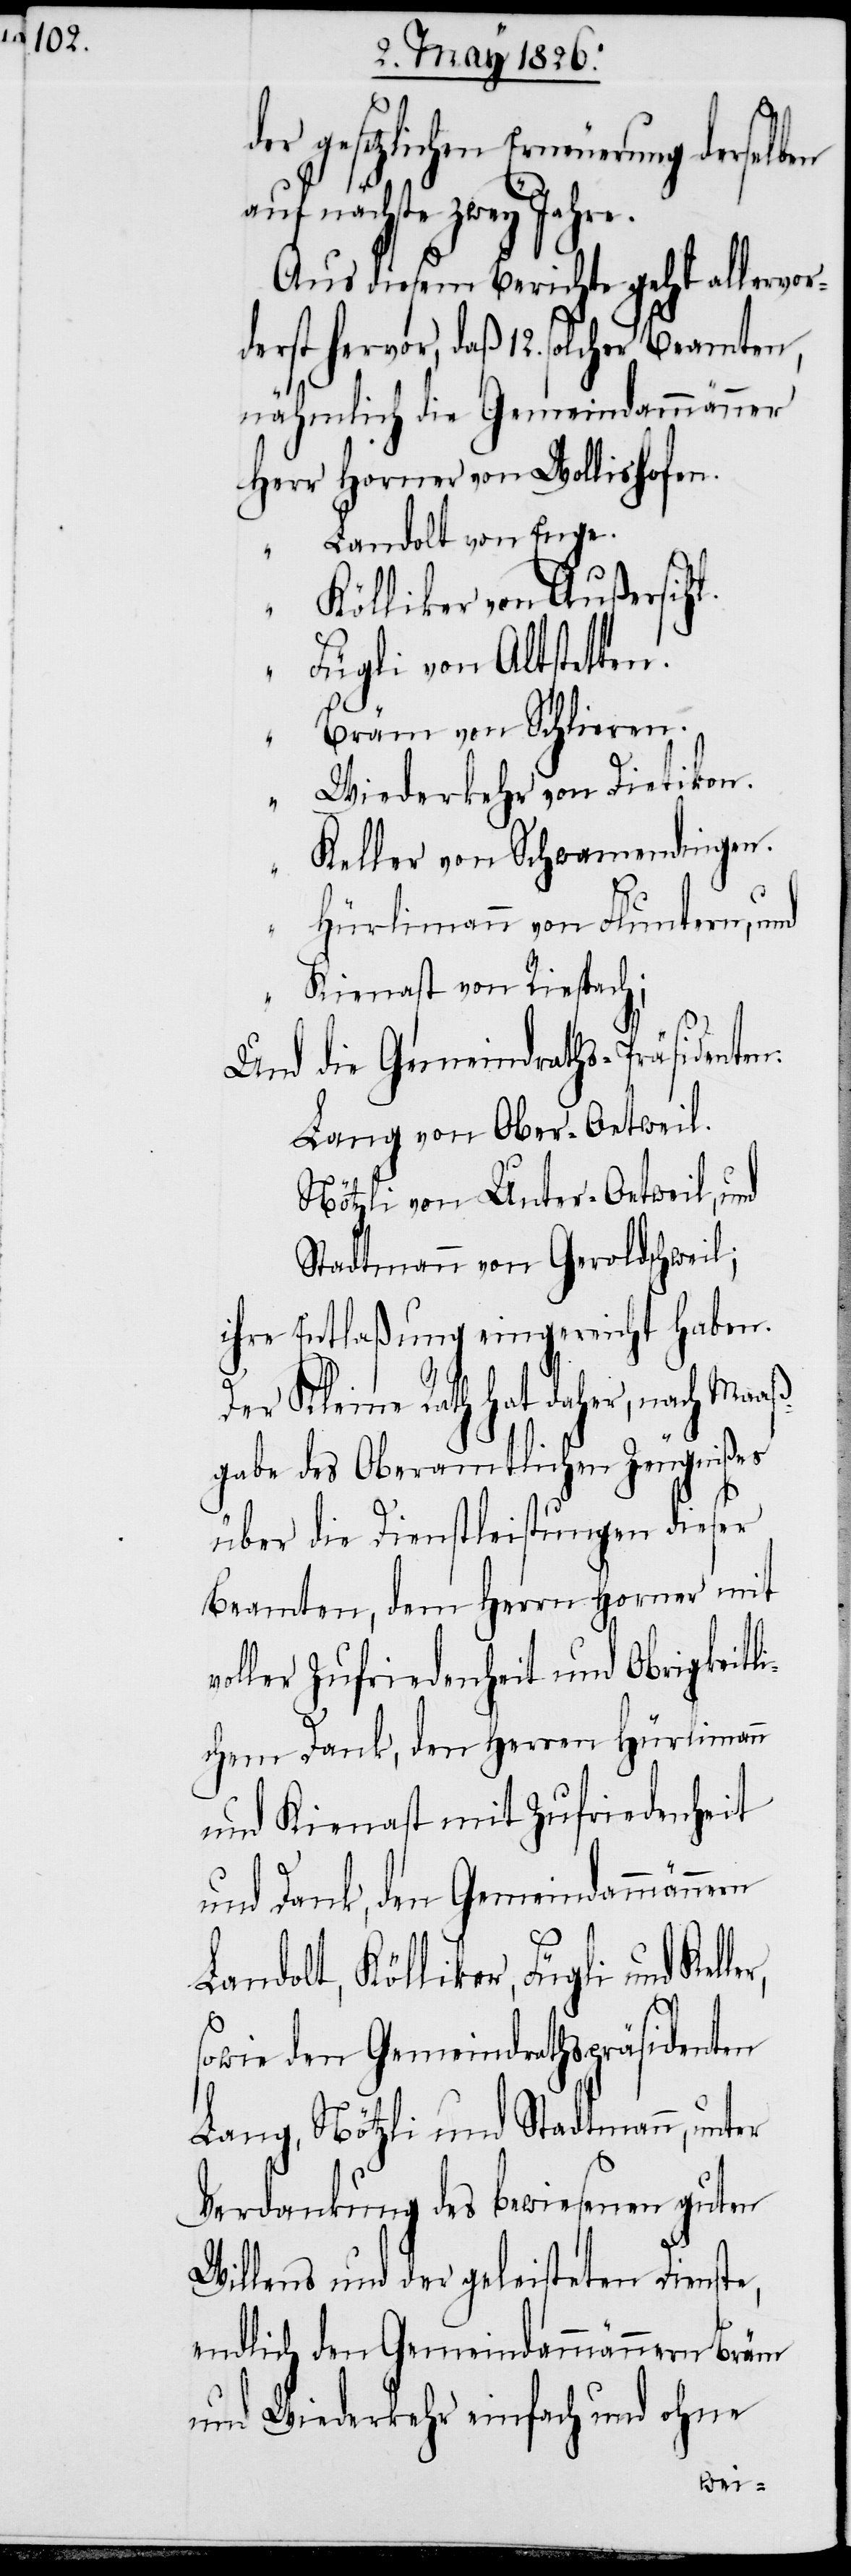
gesetzlichen Erneuerung derselb¬
auf nächste zwey Jahre.
Aus diesem Berichte geht allervor¬
derst hervor, daß 12. solcher Beamten,
nähmlich die Gemeindammänner
Herr	Horner von Wollishofen.
“	Landolt von Enge.
“	Kölliker von Außersihl.
“	Fügli von Altstetten.
“	Bräm von Schlieren.
“	Wiederkehr von Dietikon.
“	Keller von Schwamendingen.
“	Hürlimann von Fluntern, und
“	Kienast von Riespach;
Und die Gemeindraths-Präsidenten:
Lang von Ober-Oetweil.
Nötzli von Unter-Oetweil, und
Stadtmann von Geroldschweil;
ihre Entlaßung eingereicht haben.
Der Kleine Rath hat daher, nach Maaß¬
gabe des Oberamtlichen Zeugnißes
über die Dienstleistungen dieser
Beamten, dem Herren Horner mit
voller Zufriedenheit und Obrigkeitli¬
chem Dank, den Herren Hürlimann
und Kienast mit Zufriedenheit
und Dank, den Gemeindammännern
Landolt, Kölliker, Fügli und
sowie den Gemeindrathspräsidenten
Lang, Nötzli und Stadtmann, unter
Verdankung des bewiesenen guten
Willens und der geleisteten Dienste,
endlich den Gemeindammännern Bräm
und Wiederkehr einfach und ohne
en